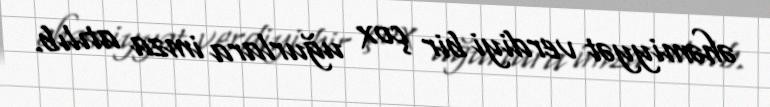
əhəmiyyət verdiyi bir çox uğurlara imza atılıb.